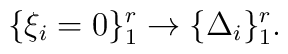
\{ \xi_i =0 \}_{1}^{r} \rightarrow \{ \Delta_{i} \}_{1}^{r}.